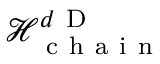
\mathcal { H } _ { \mathrm { ~ c ~ h ~ a ~ i ~ n ~ } } ^ { d \mathrm { ~ D ~ } }